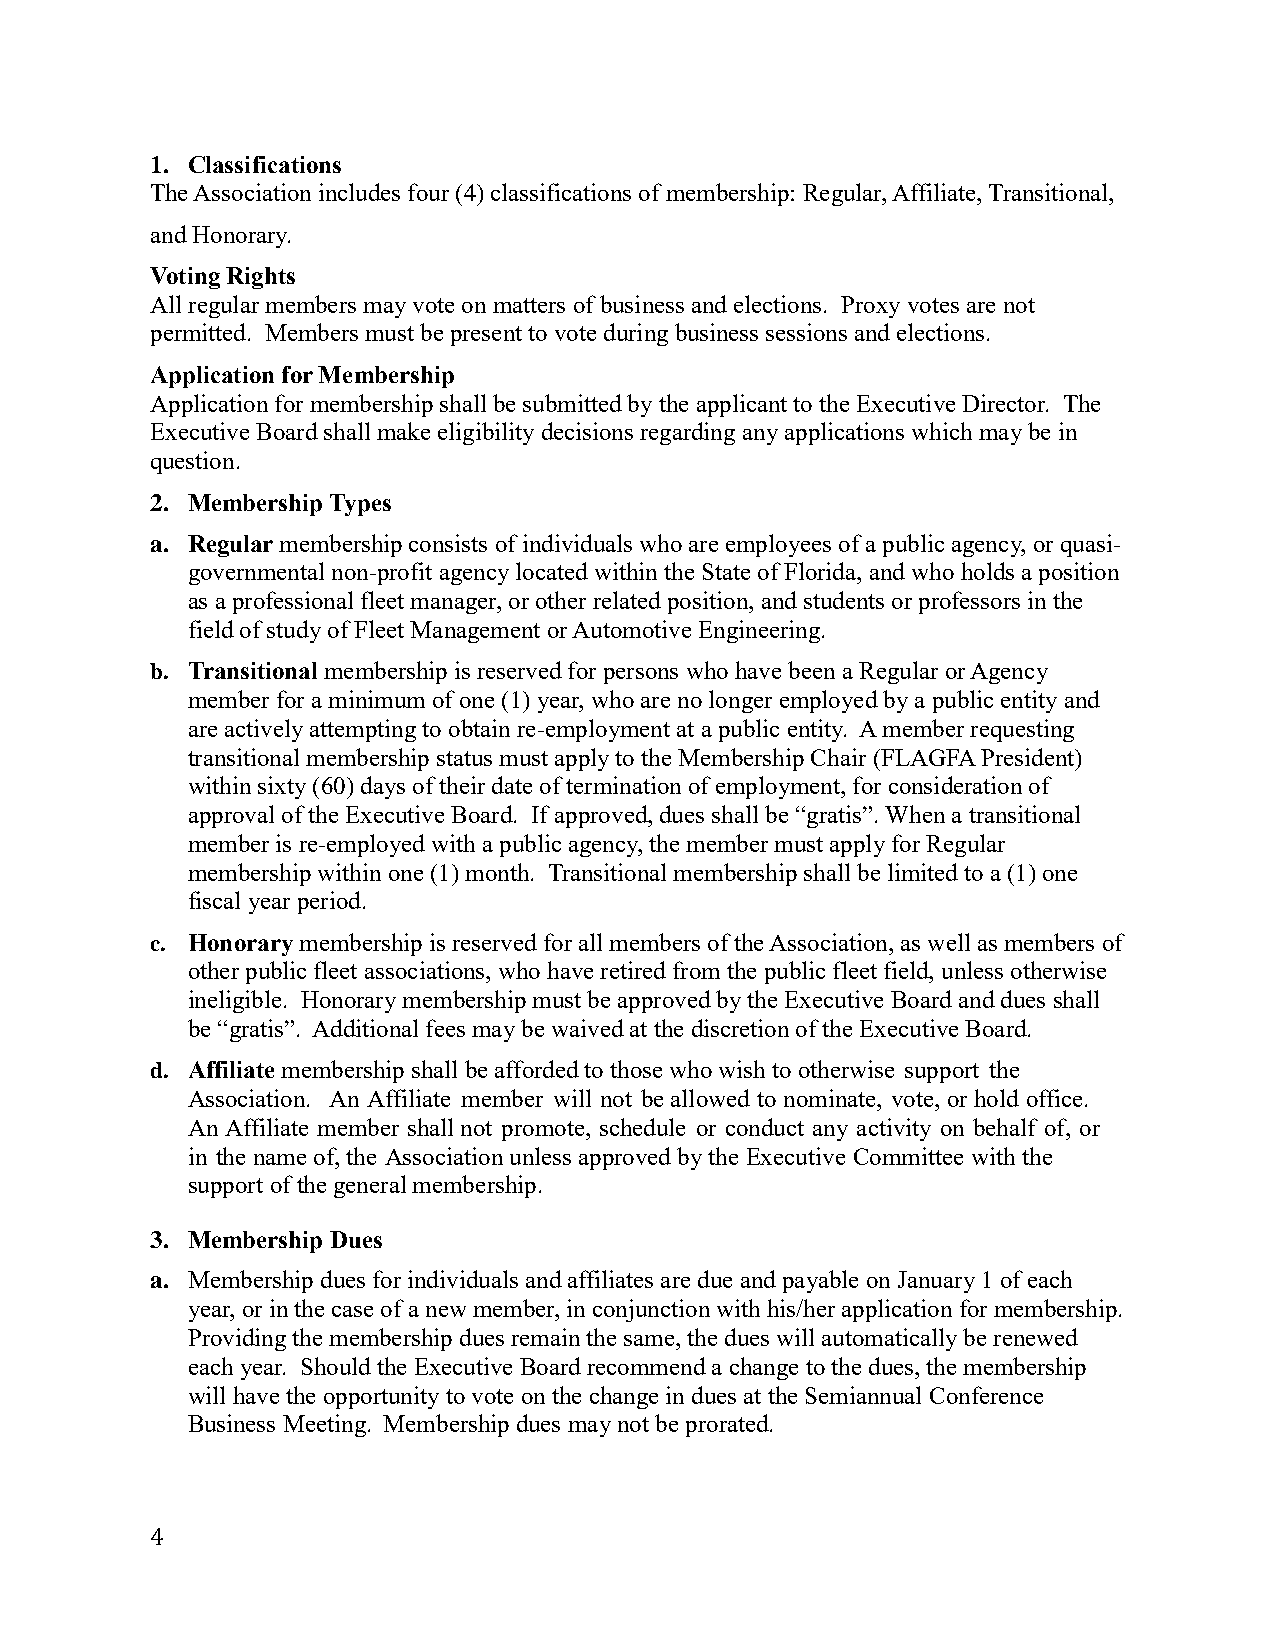
1. Classifications
 The Association includes four (4) classifications of membership: Regular, Affiliate, Transitional,
 and Honorary.
 Voting Rights
 All regular members may vote on matters of business and elections. Proxy votes are not
 permitted. Members must be present to vote during business sessions and elections.
 Application for Membership
 Application for membership shall be submitted by the applicant to the Executive Director. The
 Executive Board shall make eligibility decisions regarding any applications which may be in
 question.
 2. Membership Types
 a. Regular membership consists of individuals who are employees of a public agency, or quasi-
 governmental non-profit agency located within the State of Florida, and who holds a position
 as a professional fleet manager, or other related position, and students or professors in the
 field of study of Fleet Management or Automotive Engineering.
 b. Transitional membership is reserved for persons who have been a Regular or Agency
 member for a minimum of one (1) year, who are no longer employed by a public entity and
 are actively attempting to obtain re-employment at a public entity. A member requesting
 transitional membership status must apply to the Membership Chair (FLAGFA President)
 within sixty (60) days of their date of termination of employment, for consideration of
 approval of the Executive Board. If approved, dues shall be “gratis”. When a transitional
 member is re-employed with a public agency, the member must apply for Regular
 membership within one (1) month. Transitional membership shall be limited to a (1) one
 fiscal year period.
 c. Honorary membership is reserved for all members of the Association, as well as members of
 other public fleet associations, who have retired from the public fleet field, unless otherwise
 ineligible. Honorary membership must be approved by the Executive Board and dues shall
 be “gratis”. Additional fees may be waived at the discretion of the Executive Board.
 d. Affiliate membership shall be afforded to those who wish to otherwise support the
 Association. An Affiliate member will not be allowed to nominate, vote, or hold office.
 An Affiliate member shall not promote, schedule or conduct any activity on behalf of, or
 in the name of, the Association unless approved by the Executive Committee with the
 support of the general membership.
 3. Membership Dues
 a. Membership dues for individuals and affiliates are due and payable on January 1 of each
 year, or in the case of a new member, in conjunction with his/her application for membership.
 Providing the membership dues remain the same, the dues will automatically be renewed
 each year. Should the Executive Board recommend a change to the dues, the membership
 will have the opportunity to vote on the change in dues at the Semiannual Conference
 Business Meeting. Membership dues may not be prorated.
 4